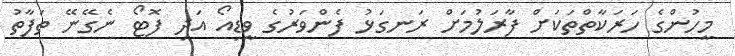
މީހުންގެ ހަރަކާތްތަކަށް ފާރަލުމަށް ރަނގަޅު ފެންވަރުގެ ވީޑިއޯ އަދި ފޮޓޯ ނެގޭނޭ ތަފާތު